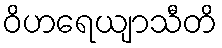
ဝိဟရေယျာသီတိ